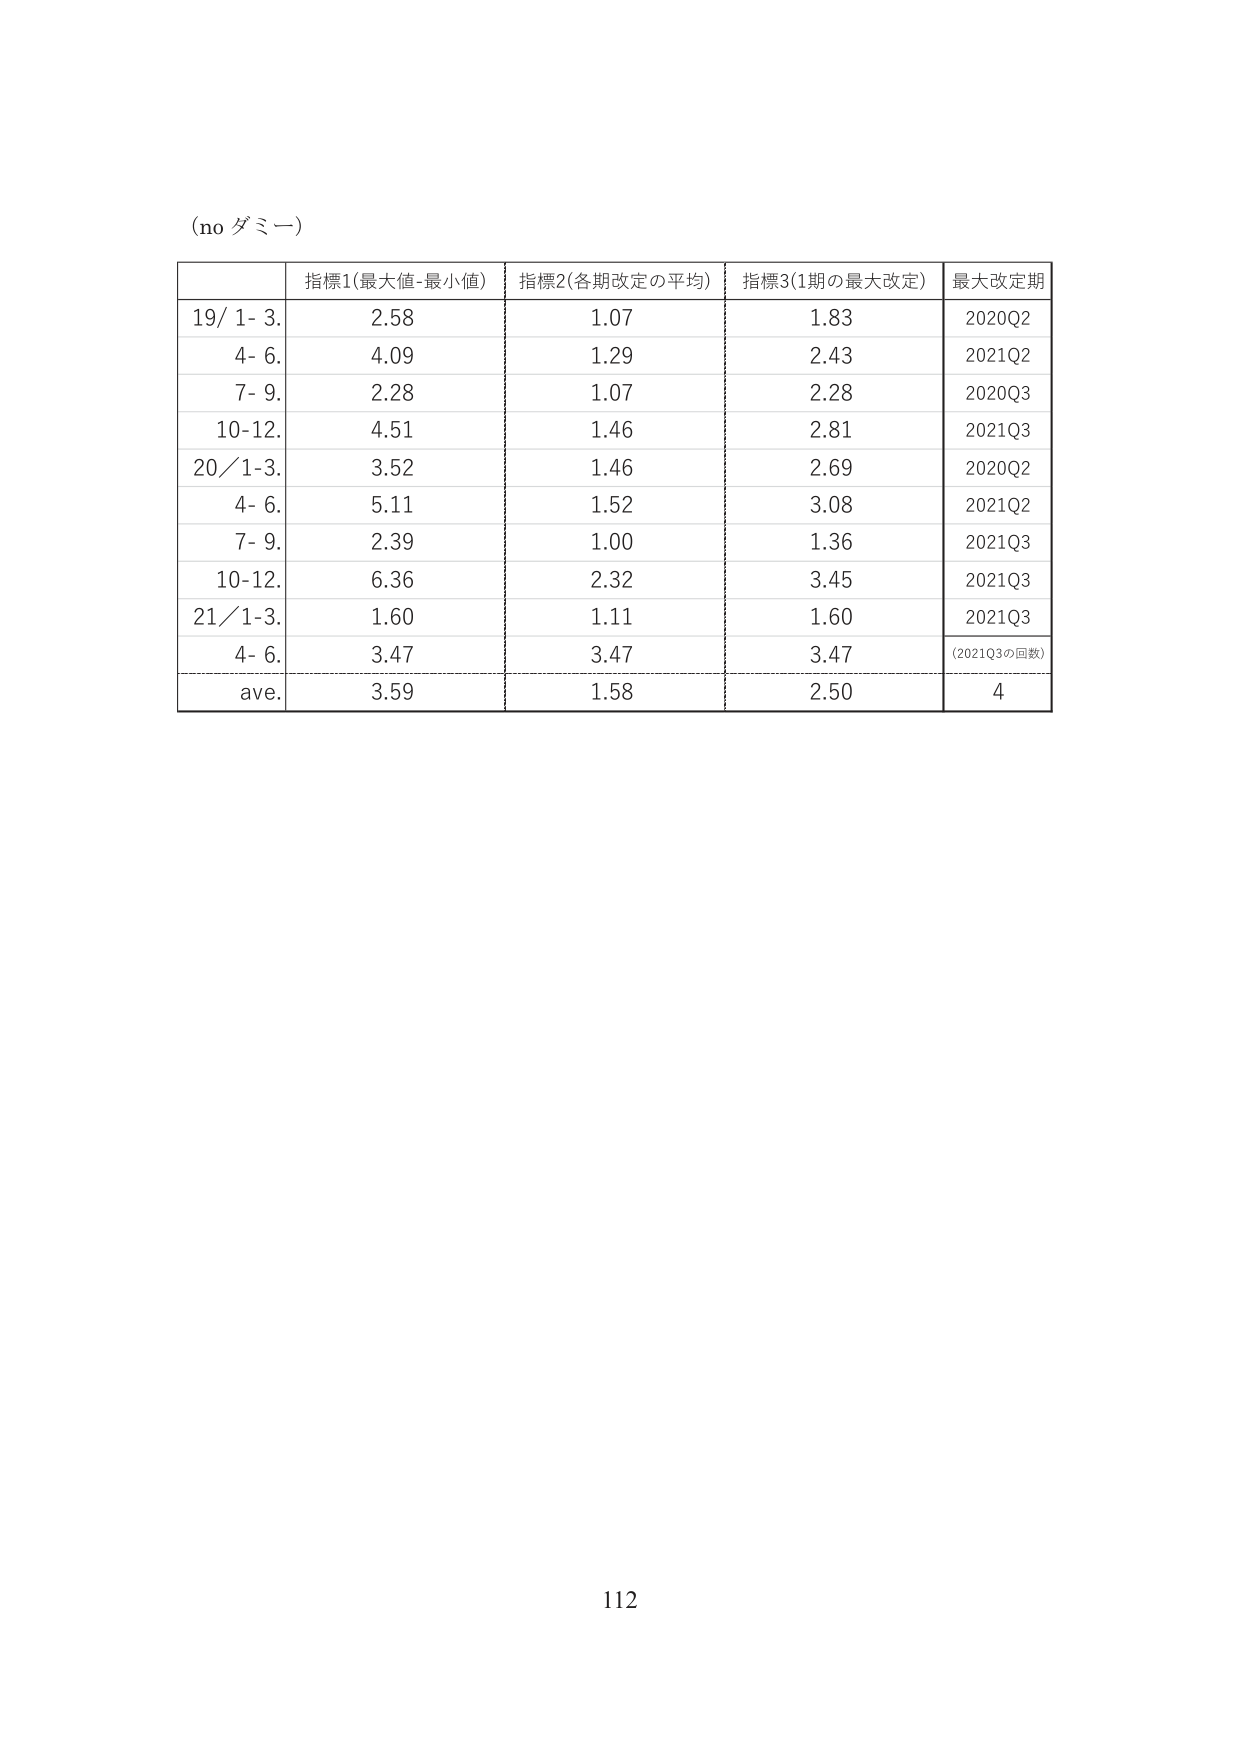
(no ダミー)

指標1(最大値-最小値) 指標2(各期改定の平均) 指標3(1期の最大改定) 最大改定期
19/ 1- 3. 2.58 1.07 1.83 2020Q2
4- 6. 4.09 1.29 2.43 2021Q2
7- 9. 2.28 1.07 2.28 2020Q3
10-12. 4.51 1.46 2.81 2021Q3
20/1-3. 3.52 1.46 2.69 2020Q2
4- 6. 5.11 1.52 3.08 2021Q2
7- 9. 2.39 1.00 1.36 2021Q3
10-12. 6.36 2.32 3.45 2021Q3
21/1-3. 1.60 1.11 1.60 2021Q3
4- 6. 3.47 3.47 3.47 (2021Q3の回数)
ave. 3.59 1.58 2.50 4

112